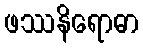
ဖဿနိရောဓာ